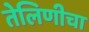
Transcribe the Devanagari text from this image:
तेलिणीचा